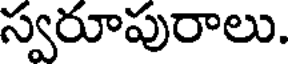
స్వరూపురాలు.